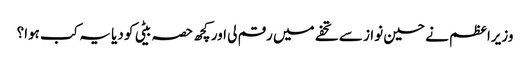
وزیراعظم نے حسین نواز سے تحفے میں رقم لی اور کچھ حصہ بیٹی کو دیا یہ کب ہوا؟